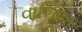
વાજિબ